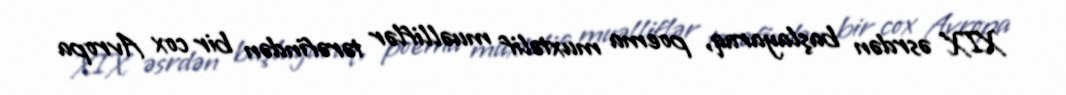
XIX əsrdən başlayaraq, poema muxtəlif muəlliflər tərəfindən bir cox Avropa